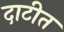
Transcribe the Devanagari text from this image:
दाटीत